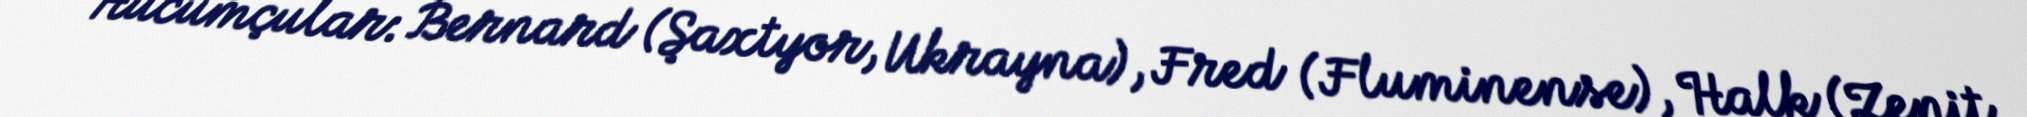
Hücumçular: Bernard (Şaxtyor, Ukrayna), Fred (Fluminense), Halk (Zenit,